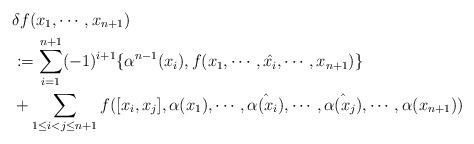
LaTeX: \begin{align*}&\delta f(x_1,\cdots,x_{n+1})\\&:= \sum_{i=1}^{n+1}(-1)^{i+1}\{\alpha^{n-1}(x_i),f(x_1,\cdots,\hat{x_i},\cdots,x_{n+1})\}\\&+\sum_{1\leq i<j\leq n+1}f([x_i,x_j],\alpha(x_1),\cdots,\hat{\alpha(x_i)},\cdots,\hat{\alpha(x_j)},\cdots,\alpha(x_{n+1}))\end{align*}